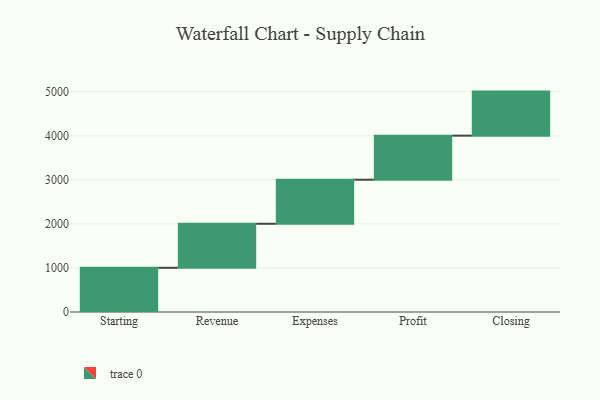
{"axis": {"x": "Step", "y": "Value"}, "legend": [""], "data": [{"x": "Starting", "y": 1003.0, "type": ""}, {"x": "Revenue", "y": 1000, "type": ""}, {"x": "Expenses", "y": 1000, "type": ""}, {"x": "Profit", "y": 1000, "type": ""}, {"x": "Closing", "y": 1000, "type": ""}]}